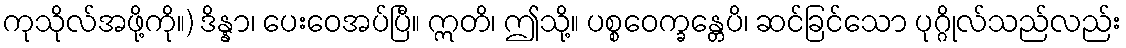
ကုသိုလ်အဖို့ကို။) ဒိန္နာ၊ ပေးဝေအပ်ပြီ။ ဣတိ၊ ဤသို့။ ပစ္စဝေက္ခန္တေပိ၊ ဆင်ခြင်သော ပုဂ္ဂိုလ်သည်လည်း